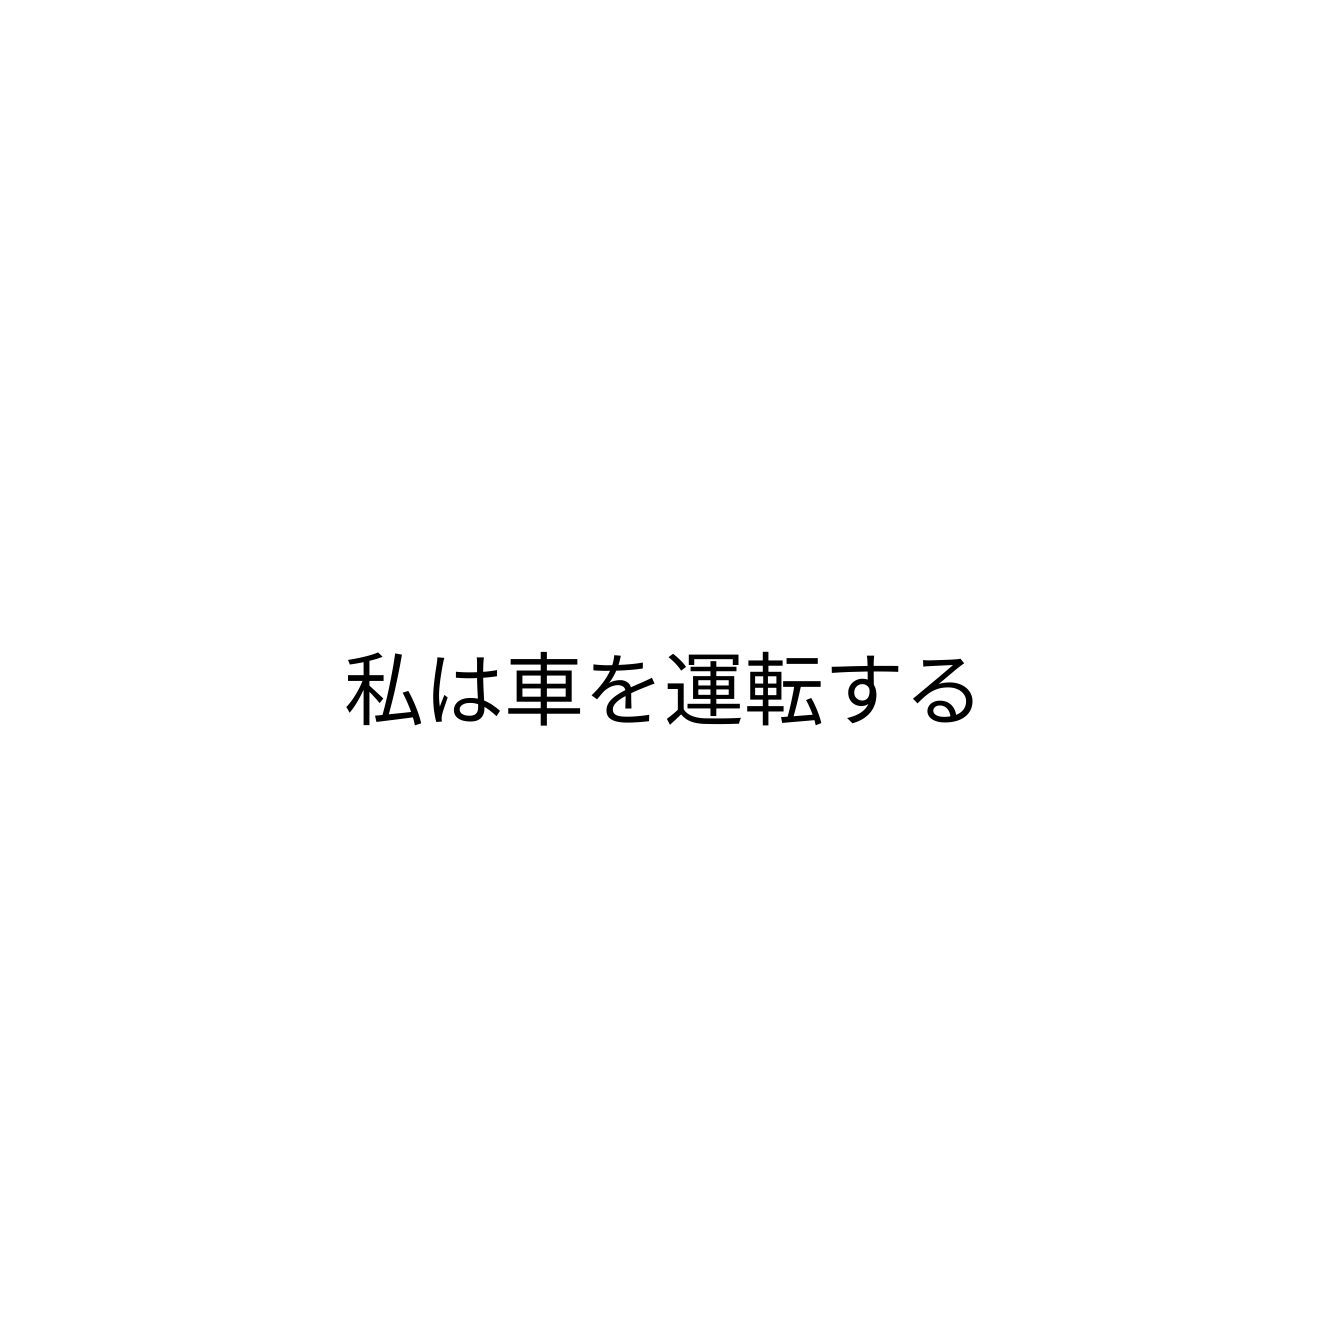
私は車を運転する